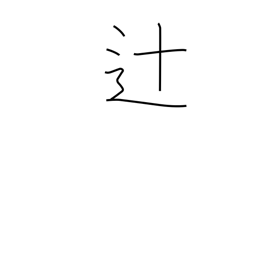
Meaning: crossroad